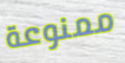
ممنوعة